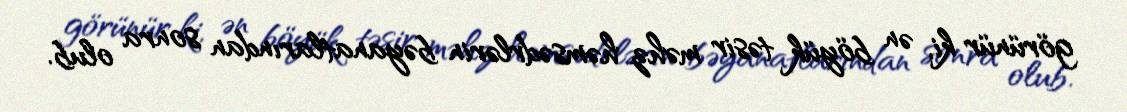
görünür ki, ən böyük təsir məhz həmsədrlərin bəyanatlarından sonra olub.